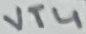
Text: VT4